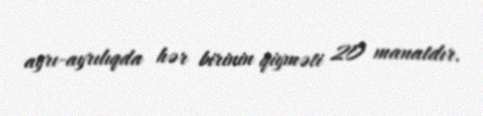
ayrı-ayrılıqda hər birinin qiyməti 20 manatdır.